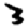
Digit: 3